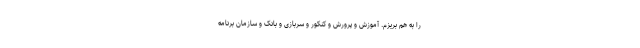
را به هم بریزم. آموزش و پرورش و کنکور و سربازی و بانک و سازمان برنامه